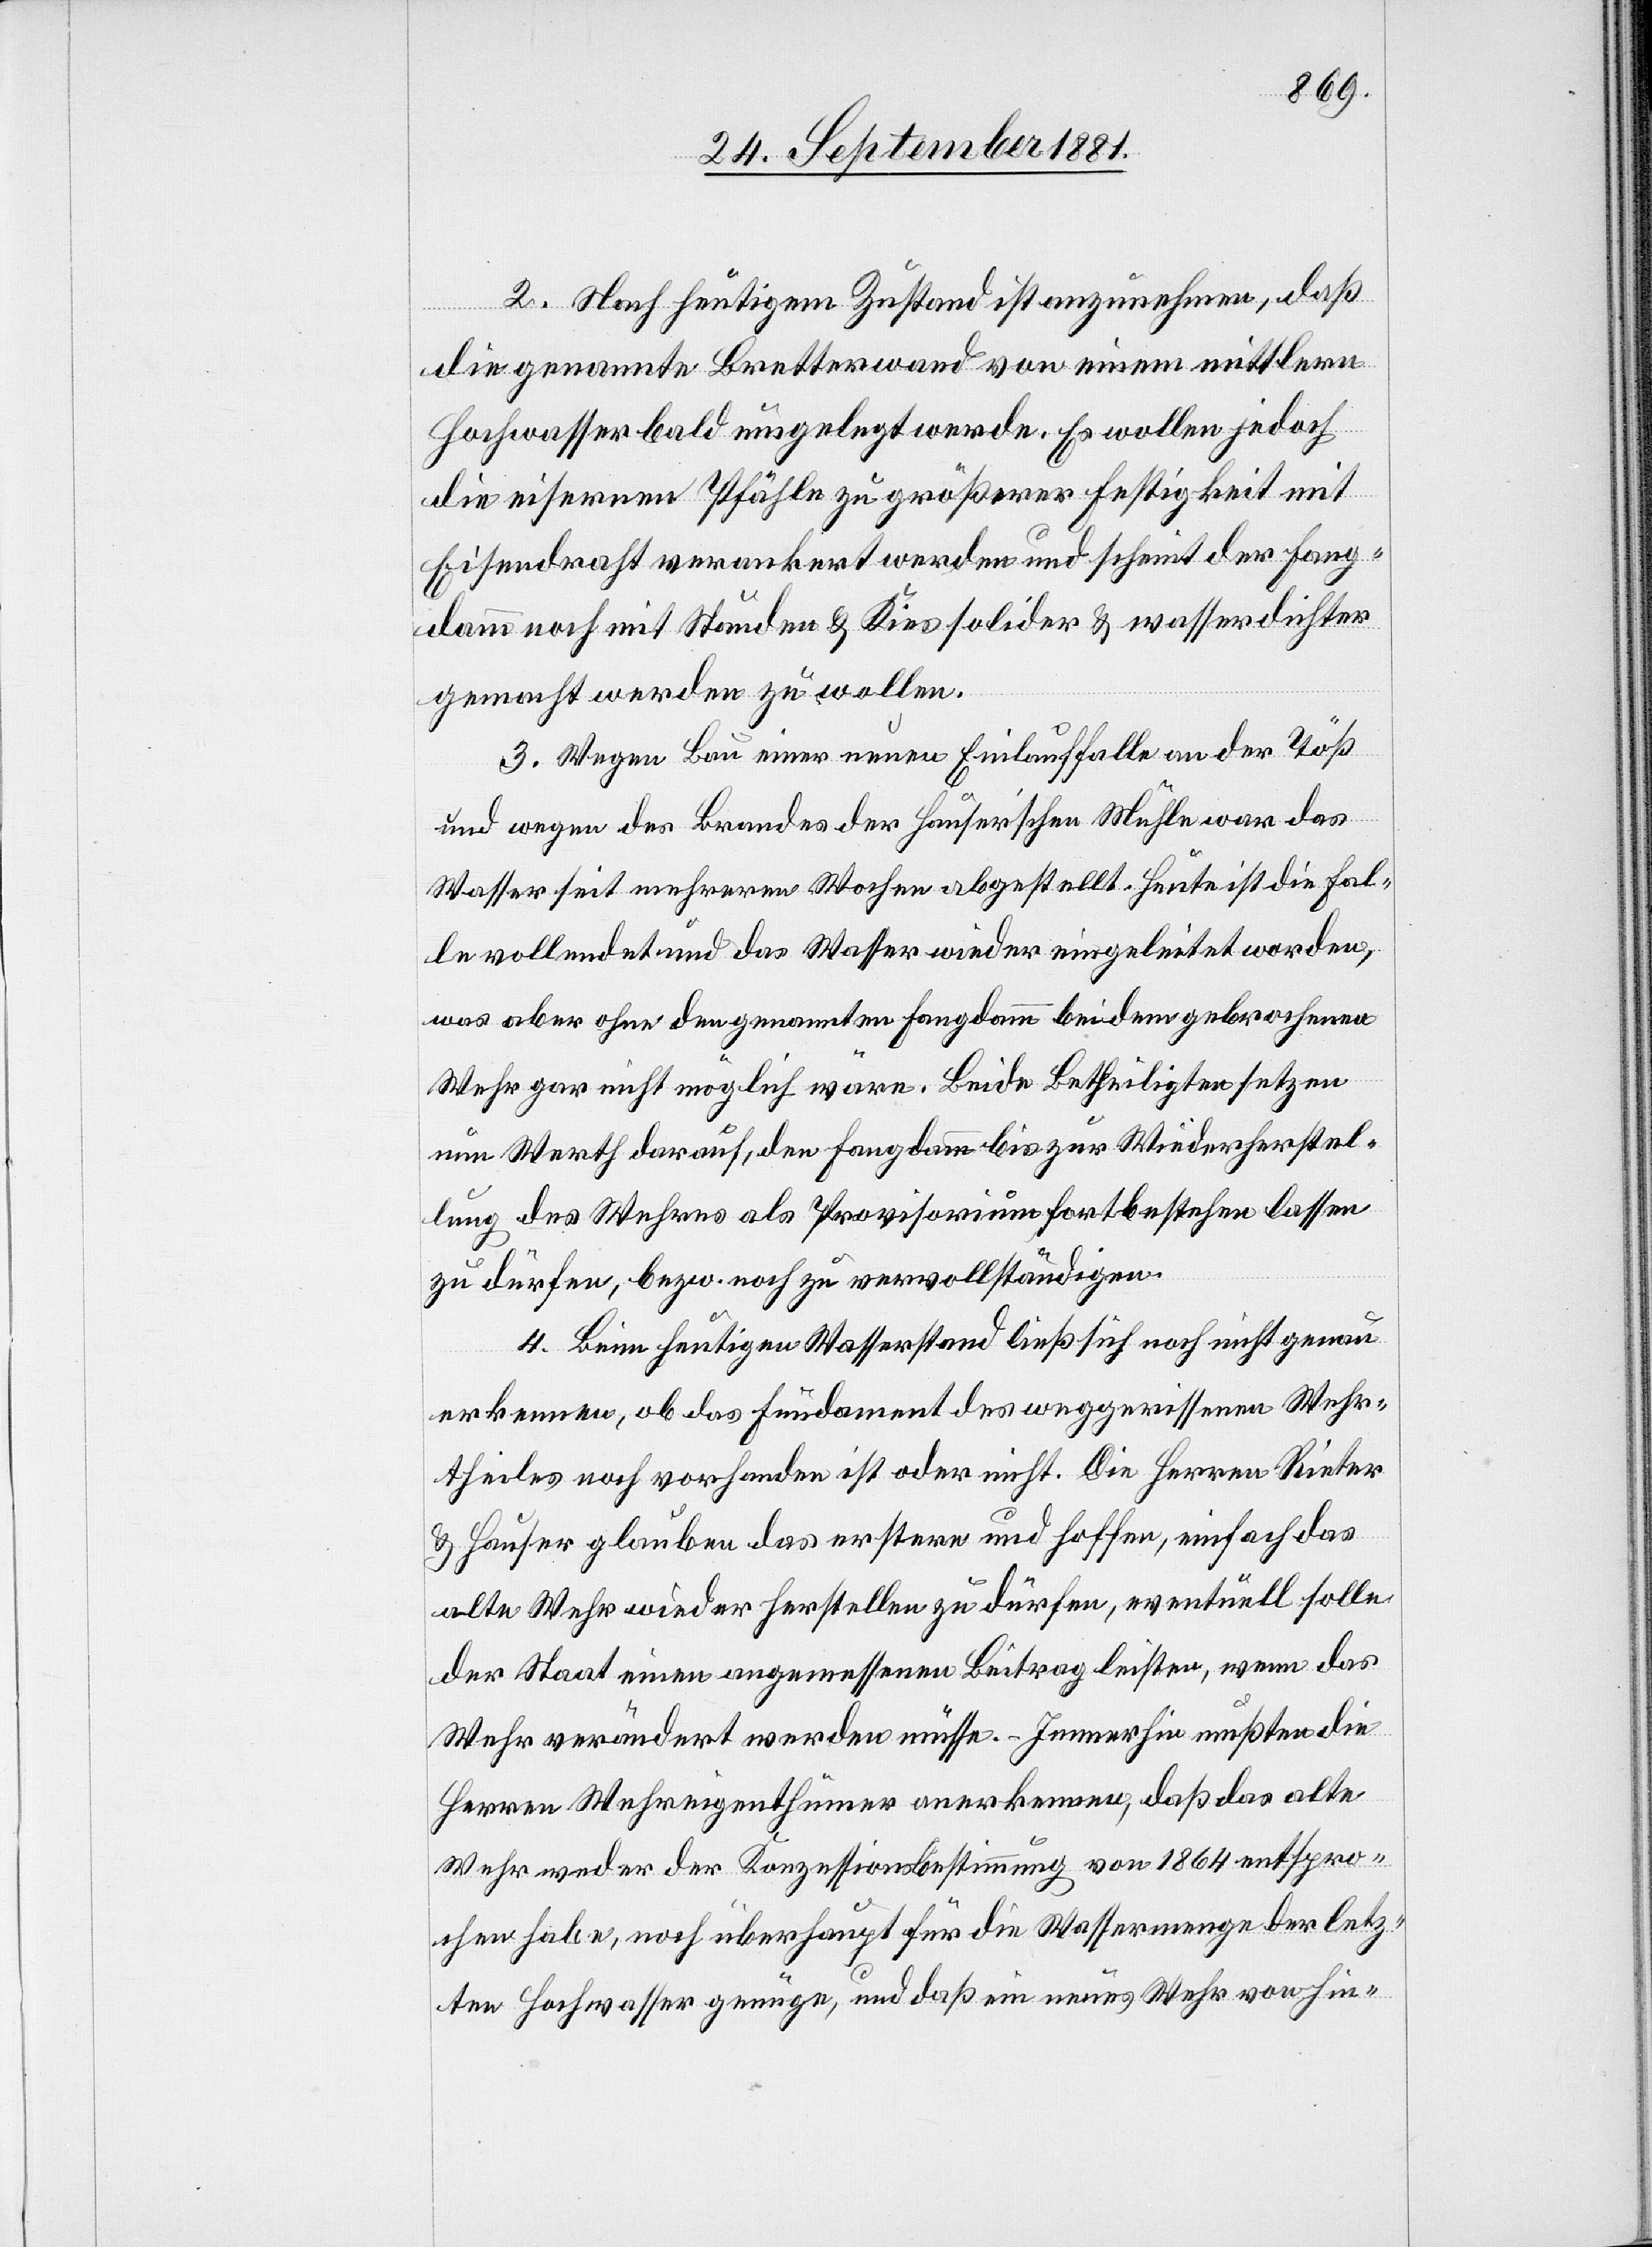
2. Nach heutigem Zustand ist anzunehmen, daß
die genannte Bretterwand von einem mittlern
Hochwasser bald umgelegt werde. Es wollen jedoch
die eisernen Pfähle zu größerer Festigkeit mit
Eisendraht verankert werden und scheint der Fang¬
damm noch mit Stauden & Kies solider & wasserdichter
gemacht werden zu wollen.
3. Wegen Bau einer neuen Einlauffalle an der Töß
und wegen des Brandes der Hauser’schen Mühle war das
Wasser seit mehreren Wochen abgestellt. Heute ist die Fal¬
le vollendet und das Wasser wieder eingeleitet worden,
was aber ohne den genannten Fangdamm bei dem gebrochenen
Wehr gar nicht möglich wäre. Beide Betheiligten setzen
nun Werth darauf, den Fangdamm bis zur Wiederherstel¬
lung des Wehres als Provisorium fortbestehen lassen
zu dürfen, bzw. noch zu vervollständigen.
4. Beim heutigen Wasserstand ließ sich noch nicht genau
erkennen, ob das Fundament des weggerissenen Wehr¬
theiles noch vorhanden ist oder nicht. Die Herren Rieter
& Hauser glauben das erstere und hoffen, einfach das
alte Wehr wieder herstellen zu dürfen, eventuell solle
der Staat einen angemessenen Beitrag leisten, wenn das
Wehr verändert werden müsse. Immerhin mußten die
Herren Wehreigenthümer anerkennen, daß das alte
Wehr weder der Konzessionsbestimmung von 1864 entspro¬
chen habe, noch überhaupt für die Wassermenge der letz¬
ten Hochwasser genüge, und daß ein neues Wehr von hin-